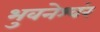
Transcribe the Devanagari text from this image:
भुवनेश्वंर